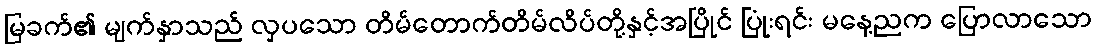
မြခက်၏ မျက်နှာသည် လှပသော တိမ်တောက်တိမ်လိပ်တို့နှင့်အပြိုင် ပြုံးရင်း မနေ့ညက ပြောလာသော